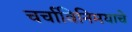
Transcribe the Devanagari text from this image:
चर्चाविनिमयाचे